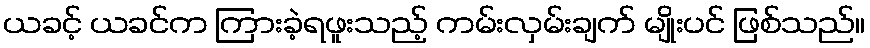
ယခင့် ယခင်က ကြားခဲ့ရဖူးသည့် ကမ်းလှမ်းချက် မျိုးပင် ဖြစ်သည်။